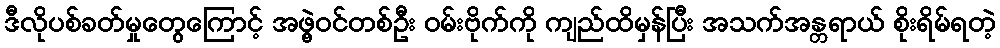
ဒီလိုပစ်ခတ်မှုတွေကြောင့် အဖွဲ့ဝင်တစ်ဦး ဝမ်းဗိုက်ကို ကျည်ထိမှန်ပြီး အသက်အန္တရာယ် စိုးရိမ်ရတဲ့